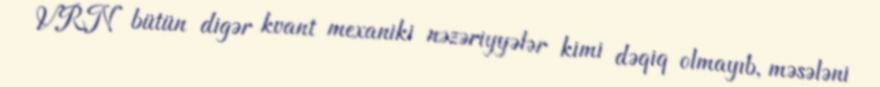
VRN bütün digər kvant mexaniki nəzəriyyələr kimi dəqiq olmayıb, məsələni